system: You are a helpful assistant.
user:
Analyze the provided spectrum to determine if it is a **S-type Star**.

- **Key Indicators for S-type Star:**

    - **(Overall Spectrum Shape):** The first and most obvious characteristic is the overall continuum (the "baseline" shape). It is **extremely "red-sloping,"** meaning the flux (light intensity) is very low on the left side (blue, ~4000-4500 Å) and rises steeply and continuously toward the right side (red, ~7000 Å+).

    - **(Primary):** The spectrum is defined by the presence of strong, broad molecular absorption "valleys" (bands) from **Zirconium Oxide (ZrO)**. The identification of these bands is the **primary requirement** for classifying a star as S-type.
        - **(Key Bandheads):** You must find distinct, deep "dips" where the light has been absorbed. The most critical band systems to locate are:
            - **~6474 Å** ($\gamma$-system): This is often the strongest and clearest ZrO feature, found in the red part of the spectrum.
            - **~5718 Å** & **~5551 Å** ($\beta$-system): A pair of prominent absorption features in the yellow-orange part of the spectrum.
            - **~4640 Å** ($\alpha$-system): A key absorption band system in the blue-green region of the spectrum.

    - **(Secondary Confirmation):** The classification is strengthened by finding additional absorption bands from other related heavy element oxides, which are expected to be present alongside ZrO.
        - **(Key Bandheads):**
            - **Yttrium Oxide (YO):** Look for absorption dips near **~4800 Å** and **~6100 Å**.
            - **Lanthanum Oxide (LaO):** Additional absorption features, particularly in the red-orange part of the spectrum, are also characteristic.

    - **(Line Profile):** The combination of the steep red continuum and these numerous, deep molecular bands (ZrO, YO, etc.) gives the entire spectrum a very **"chopped-up"** or **"bumpy"** appearance. Instead of a smooth curve, the spectrum looks as though large, wide chunks of light have been "carved out" of it at the specific wavelengths listed above.

Think first, call **spectral_visualization_tool** if needed to examine features in detail, then provide your final answer. Your response must adhere to the following strict rules:
1.  **Overall Structure:** Your response must follow the format `<think>...</think> <tool_call>...</tool_call> (if a tool is used) <answer>...</answer>`.
2.  **Tool Usage Constraint:** You may only make **one** tool call per turn.
3.  **Final Answer Format:** In the `<answer>` tag, your conclusion must be inside a `\boxed{}` command (e.g., `\boxed{YES}` or `\boxed{NO}`), followed by your justification.

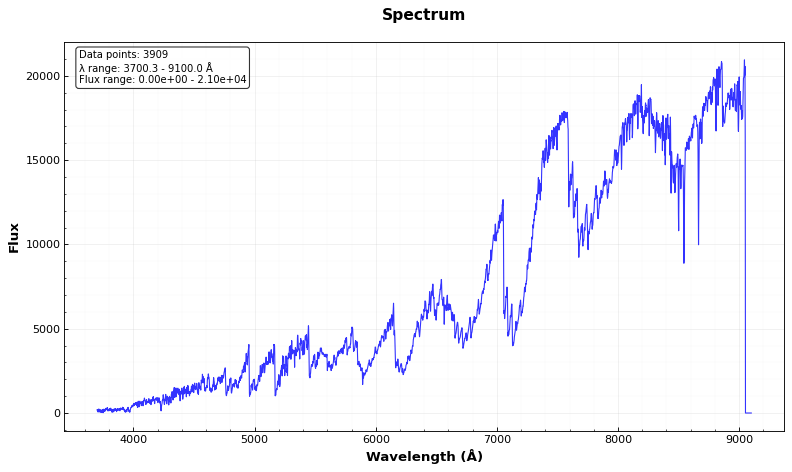
Answer: YES